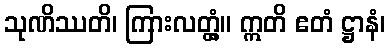
သုဏိဿတိ၊ ကြားလတ္တံ့။ ဣတိ ဧတံ ဋ္ဌာနံ၊